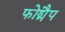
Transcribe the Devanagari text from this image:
फोड्मैप